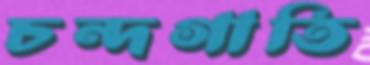
চন্দগাতি